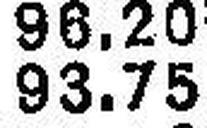
93.75